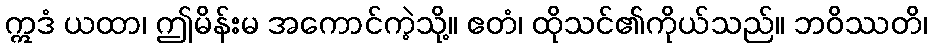
ဣဒံ ယထာ၊ ဤမိန်းမ အကောင်ကဲ့သို့။ ဧတံ၊ ထိုသင်၏ကိုယ်သည်။ ဘဝိဿတိ၊